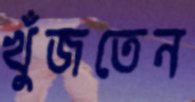
খুঁজতেন